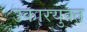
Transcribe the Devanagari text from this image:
उकारयुक्त